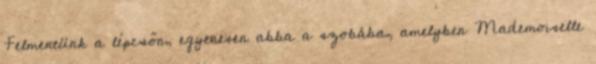
Felmentünk a lépcsőn, egyenesen abba a szobába, amelyben Mademoiselle